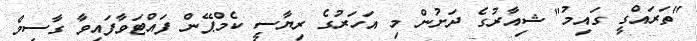
"ތަރައްގީ ގައިމު" ޝިއާރުގެ ދަށުން މި އަހަރުގެ ރިޔާސީ ކެމްޕޭން ފައްޓަވާފައިވާ ގާސިމް